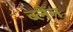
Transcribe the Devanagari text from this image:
ब्लैन